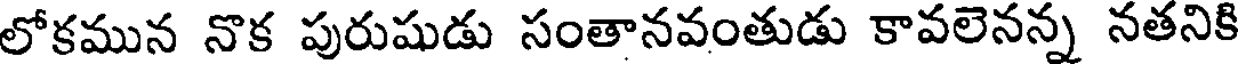
లోకమున నొక పురుషుడు సంతానవంతుడు కావలెనన్న నతనికి